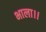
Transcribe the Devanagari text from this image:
भाला।।